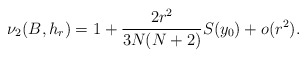
\begin{align*} \nu_2(B,h_r) =1+ \frac{2r^2}{3N(N+2)}S(y_0)+o(r^2).\end{align*}